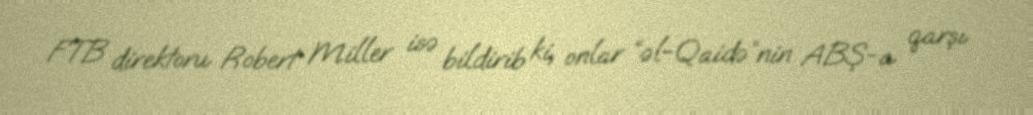
FTB direktoru Robert Miller isə bildirib ki, onlar “əl-Qaidə”nin ABŞ-a qarşı